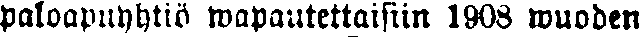
paloapuyhtiö wapautettiin 1908 wuoden